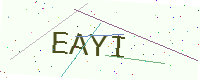
Text: EAYI